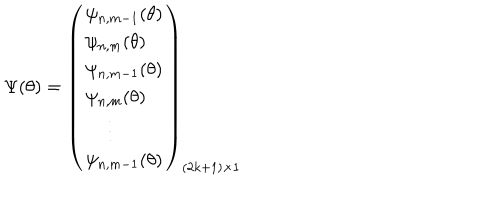
LaTeX: \Psi ( \theta ) = \left( \begin{array} { l r } { { \psi _ { n , m - 1 } ( \theta ) } } \\ { { \psi _ { n , m } ( \theta ) } } \\ { { \psi _ { n , m - 1 } ( \theta ) } } \\ { { \psi _ { n , m } ( \theta ) } } \\ { { \, \, \, \, \, \, \, \vdots } } \\ { { \psi _ { n , m - 1 } ( \theta ) } } \\ \end{array} \right) _ { ( 2 k + 1 ) \times 1 }